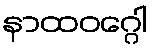
နာထဝဂ္ဂေါ